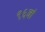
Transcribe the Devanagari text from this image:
९६वां